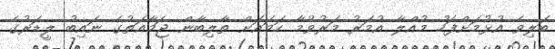
ބަލިވެ އުޅުމަށްފަހު މުއްލާ އުމަރު މަރުވުމާ ހަމައަށް ތާލިބާން ޖަމާއަތުގެ ނައިބު ލީޑަރުގެ